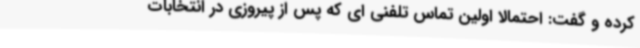
کرده و گفت: احتمالا اولین تماس تلفنی ای که پس از پیروزی در انتخابات